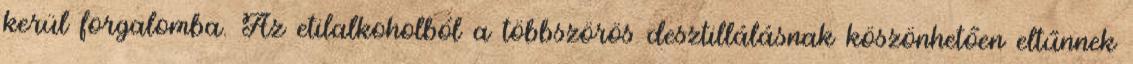
kerül forgalomba. Az etilalkoholból a többszörös desztillálásnak köszönhetően eltűnnek